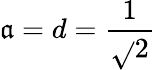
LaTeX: \mathfrak{a}=d={\frac{{1}}{{\sqrt{}{{2}}}}}